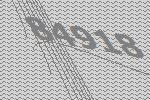
84918